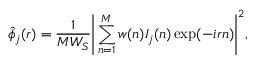
\hat { \phi } _ { j } ( r ) = \frac { 1 } { M W _ { S } } \Bigg | \sum _ { n = 1 } ^ { M } w ( n ) I _ { j } ( n ) \exp ( - i r n ) \Bigg | ^ { 2 } ,